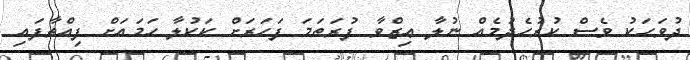
ދުވަހަކު ވެސް ކުރުހެދުމެއް ނުލާ ޢިޒްވާ ފުރަތަމަ ފަހަރަށް ކަކުލާ ހަމައަށް ފިއްތާފައި